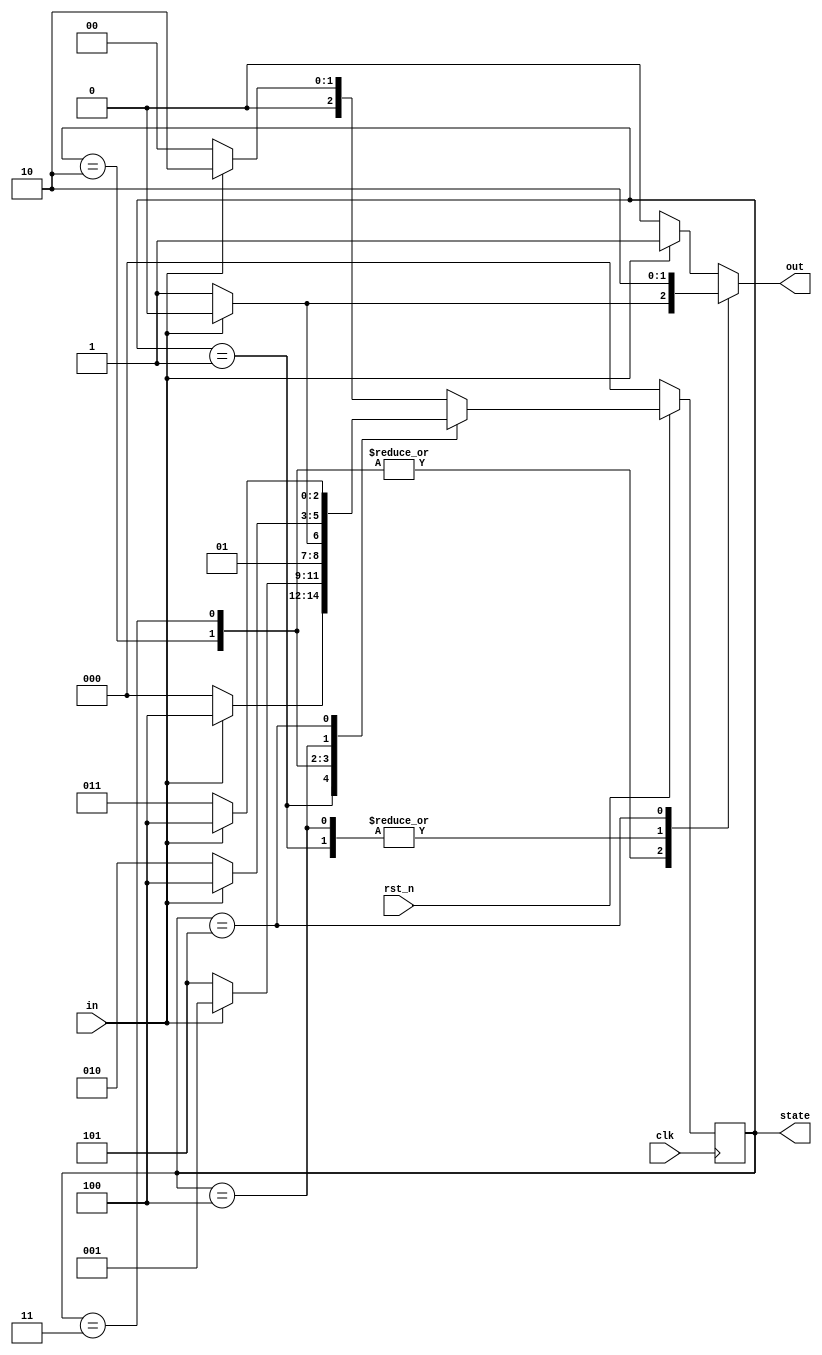
`timescale 1ns/1ps

module Mealy (clk, rst_n, in, out, state);
input clk, rst_n;
input in;
output reg out;
output reg [2:0] state;
reg [2:0] next_state;
parameter S0 = 3'b000;
parameter S1 = 3'b001;
parameter S2 = 3'b010;
parameter S3 = 3'b011;
parameter S4 = 3'b100;
parameter S5 = 3'b101;

always @(posedge clk) begin
    if(!rst_n)begin
        state <= S0;
    end

    else begin
        state <= next_state;
    end
end

always @(*)begin
    case (state)
        S0:
            if(in)begin
                next_state = S2;
                out = 1'b1;
            end

            else begin
                next_state = S0;
                out = 1'b0;
            end
        S1:
            if(in)begin
                next_state = S4;
                out = 1'b1;
            end

            else begin
                next_state = S0;
                out = 1'b1;
            end
        S2:
            if(in)begin
                next_state = S1;
                out = 1'b0;
            end

            else begin
                next_state = S5;
                out = 1'b1;
            end
        S3:
            if(in)begin
                next_state = S2;
                out = 1'b0;
            end

            else begin
                next_state = S3;
                out = 1'b1;
            end
        S4:
            if(in)begin
                next_state = S4;
                out = 1'b1;
            end

            else begin
                next_state = S2;
                out = 1'b1;
            end
        S5:
            if(in)begin
                next_state = S4;
                out = 1'b0;
            end

            else begin
                next_state = S3;
                out = 1'b0;
            end
        default:
            if(in)begin
                next_state = S2;
                out = 1'b1;
            end

            else begin
                next_state = S0;
                out = 1'b0;
            end
    endcase
end

endmodule